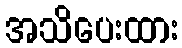
အသိပေးထား